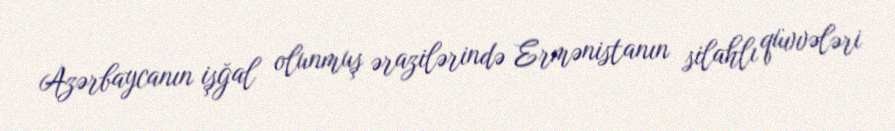
Azərbaycanın işğal olunmuş ərazilərində Ermənistanın silahlı qüvvələri